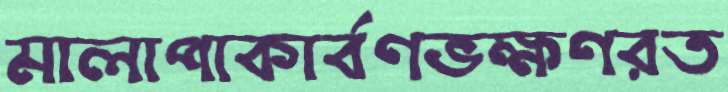
মালাপাকার্বণভক্ষণরত